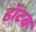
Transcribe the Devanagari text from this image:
हॉटब